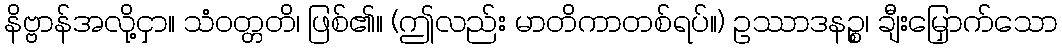
နိဗ္ဗာန်အလို့ငှာ။ သံဝတ္တတိ၊ ဖြစ်၏။ (ဤလည်း မာတိကာတစ်ရပ်။) ဥဿာဒနဉ္စ၊ ချီးမြှောက်သော